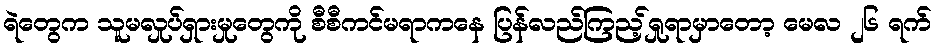
ရဲတွေက သူမလှုပ်ရှားမှုတွေကို စီစီကင်မရာကနေ ပြန်လည်ကြည့်ရှုရာမှာတော့ မေလ ၂၆ ရက်